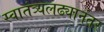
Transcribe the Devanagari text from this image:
स्वातंत्र्यलढ्यानंतर